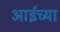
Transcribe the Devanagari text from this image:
आईच्‍या